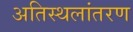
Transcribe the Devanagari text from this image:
अतिस्थलांतरण